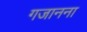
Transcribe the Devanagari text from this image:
गजानना